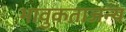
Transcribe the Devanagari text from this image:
भावुकताजन्य